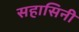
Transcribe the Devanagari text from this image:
सहासिनी